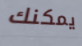
يمكنك